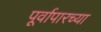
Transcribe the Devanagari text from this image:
पूर्वापारच्या